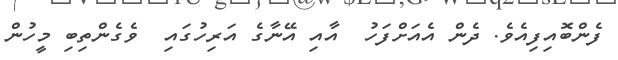
ފެންބޮއިފިއެވެ. ދެން އެއަށްފަހު  އާއި އޭނާގެ އަރިހުގައި  ވެގެންތިބި މީހުން